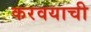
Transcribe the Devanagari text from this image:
करवयाची